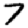
Digit: 7